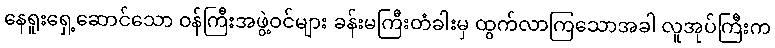
နေရူးရှေ့ဆောင်သော ဝန်ကြီးအဖွဲ့ဝင်များ ခန်းမကြီးတံခါးမှ ထွက်လာကြသောအခါ လူအုပ်ကြီးက